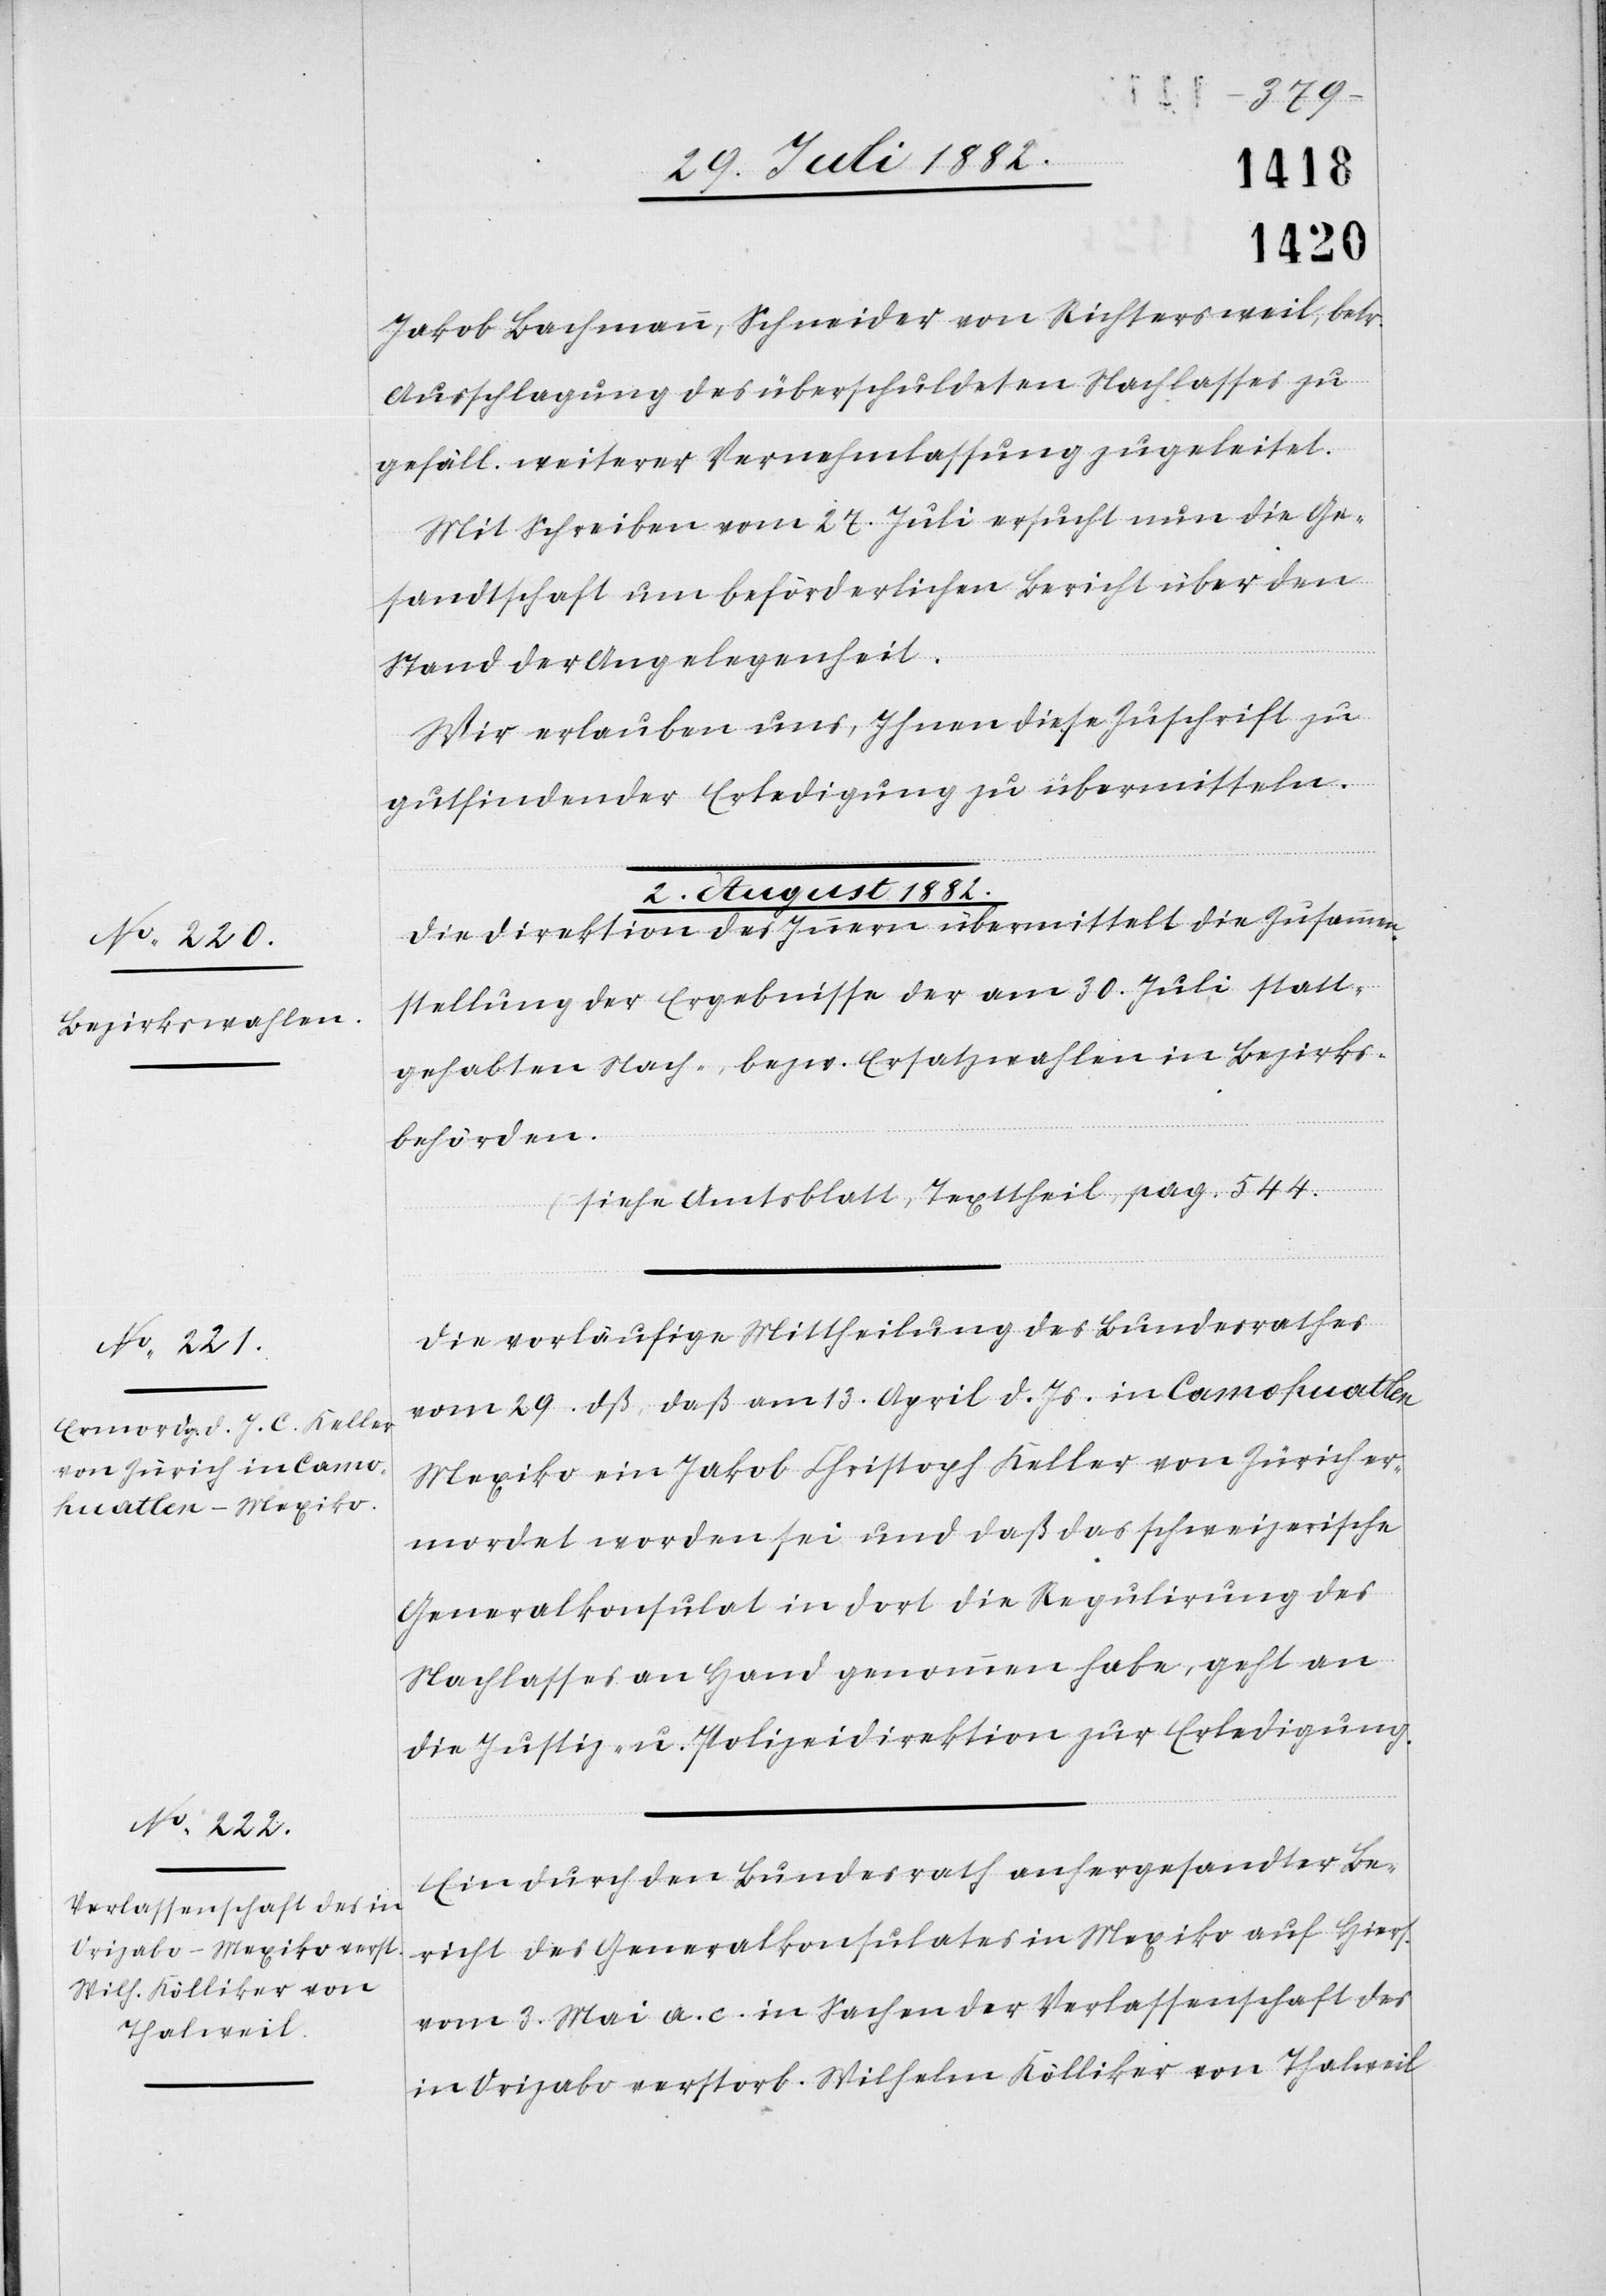
2.

1882.]
Jakob Bachmann, Schneider von Richtersweil, betr.
Ausschlagung des überschuldeten Nachlasses zu
gefäll. weiterer Vernehmlassung zugeleitet.
Mit Schreiben vom 27. Juli ersucht nun die Ge¬
sandtschaft um beförderlichen Bericht über den
Stand der Angelegenheit.
Wir erlauben uns, Ihnen diese Zuschrift zu
gutfindender Erledigung zu übermitteln.
Die Direktion des Innern übermittelt die Zusammen¬
stellung der Ergebnisse der am 30. Juli statt¬
gehabten Nach-, bezw. Ersatzwahlen in Bezirks¬
behörden.
(siehe Amtsblatt, Texttheil, pag. 544)
Die vorläufige Mittheilung des Bundesrathes
vom 29. dß., daß am 13. April d. Js. in Camokuatlen
Mexiko ein Jakob Christoph Keller von Zürich er¬
mordet worden sei und daß das schweizerische
Generalkonsulat in dort die Regulirung des
Nachlasses an Hand genommen haben, geht an
die Justiz- & Polizeidirektion zur Erledigung.
Ein durch den Bundesrath anhergesandter Be¬
richt des Generalkonsulates in Mexiko auf Hiers.
vom 3. Mai a. c. in Sachen der Verlassenschaft des
in Orizabo verstorb. Wilhelm Kölliker von Thalweil